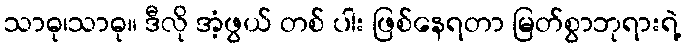
သာဓု၊သာဓု။ ဒီလို အံ့ဖွယ် တစ် ပါး ဖြစ်နေရတာ မြတ်စွာဘုရားရဲ့